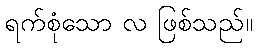
ရက်စုံသော လ ဖြစ်သည်။